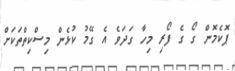
ޕޮކެމޮން ގޯ ގެ ފޯރި މިހާ ގަދަވެ އެ ގޭމު ކުޅެން މިސްކިތްތަކަށް